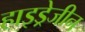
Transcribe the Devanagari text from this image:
हाइड्रेजीन